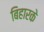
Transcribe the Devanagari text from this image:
बिहारके